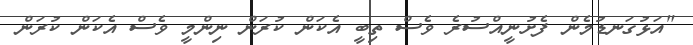
"އަޅުގަނޑުމެން ފެށުނީއްސުރެ ވެސް ތިބީ އެކަން ކުރަން ނިންމީ ވެސް އެކަން ކުރަން